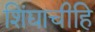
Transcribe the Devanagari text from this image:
शिंद्याचीहि